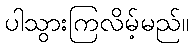
ပါသွားကြလိမ့်မည်။